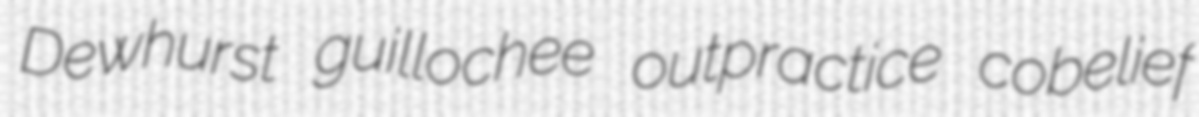
Dewhurst guillochee outpractice cobelief